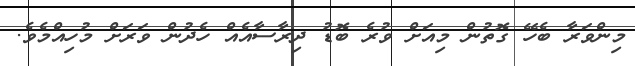
މިންވަރާ ބެހޭ ގޮތުން މިއަށް ވުރެ ބޮޑު ދިރާސާއެއް ހެދުން ވަރަށް މުހިއްމެވެ.